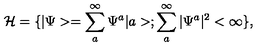
{ \cal { H } } = \{ | \Psi > = \sum _ { a } ^ { \infty } \Psi ^ { a } | a > ; \sum _ { a } ^ { \infty } | \Psi ^ { a } | ^ { 2 } < \infty \} ,